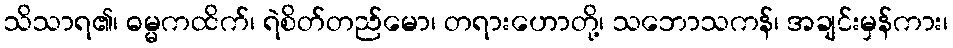
သိသာရ၏၊ ဓမ္မကထိက်၊ ရဲစိတ်တည်မော၊ တရားဟောတို့၊ သဘောသကန်၊ အချင်းမှန်ကား၊